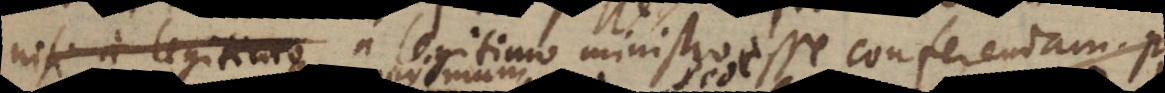
nisi a legitimo a legitimo ministro esse conferendam. P